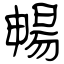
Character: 暢